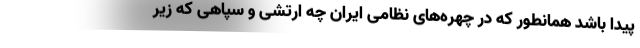
پیدا باشد همانطور که در چهره‌های نظامی ایران چه ارتشی و سپاهی که زیر